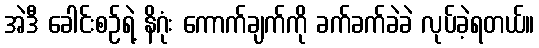
အဲဒီ ခေါင်းစဉ်ရဲ့ နိဂုံး ကောက်ချက်ကို ခက်ခက်ခဲခဲ လုပ်ခဲ့ရတယ်။